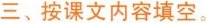
三、按课文内容填空。